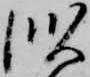
似